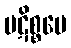
ပဋိစ္စပေ